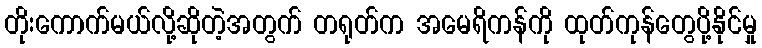
တိုးကောက်မယ်လို့ဆိုတဲ့အတွက် တရုတ်က အမေရိကန်ကို ထုတ်ကုန်တွေပို့နိုင်မှု